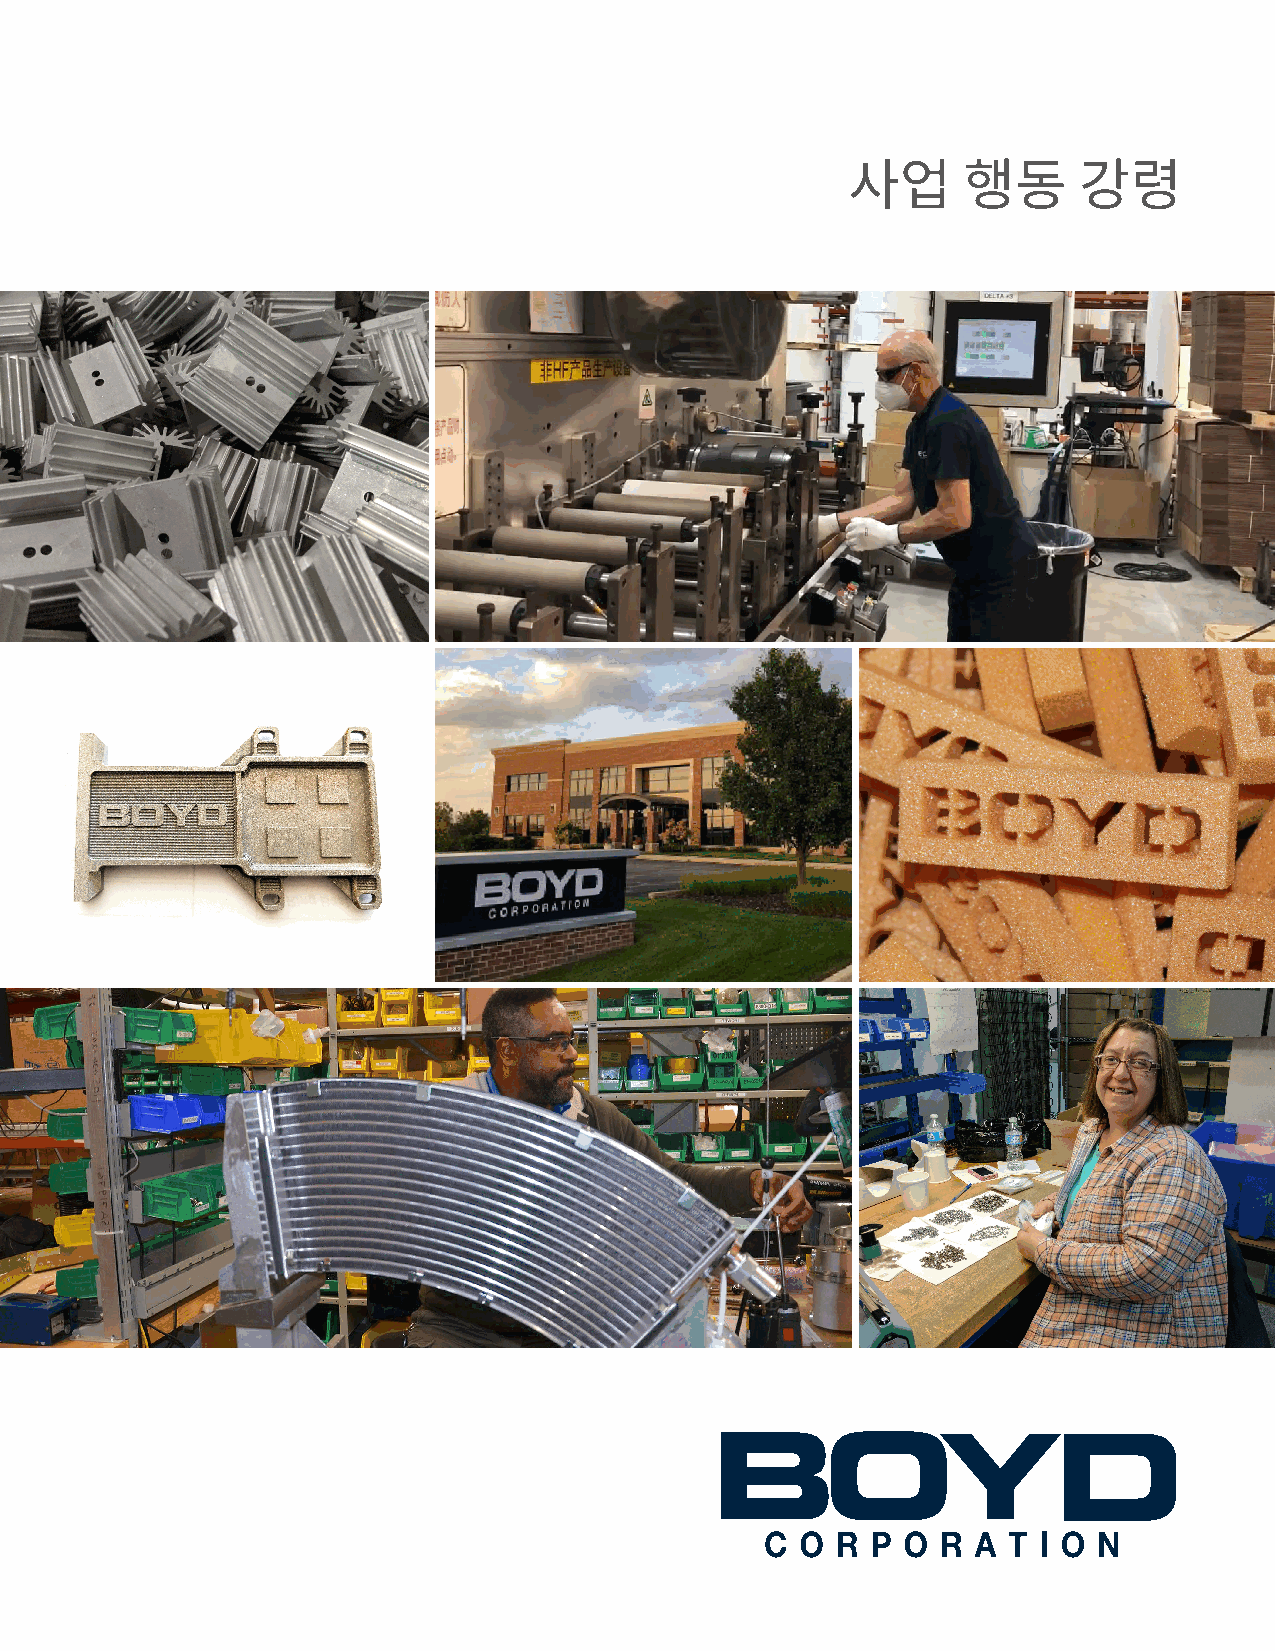
사업      행동     강령
 e
 g this time. We are all being called on
 ort healthcare providers.
 detect pneumonia or for early fever detection.
 Another indirect way that Boyd contributes to helping
 global societies through this time is by providing tech-
 nology that enables communication. All the solutions
 we provide to enterprise electronics applications like
 data centers, internet distribution, and network con-
 nectivity equipment help power connectivity during
 social distancing. These applications have become mor
 critical with many people working from home.
 Boyd’s global teams are providing solutions today that
 have a direct impact on the health and safety of our
 global communities. We continue to look for new and
 different ways to help.
 Each of us from manufacturing to engineering to ad-
 ministration and sales is contributing to Boyd’s ability
 to support critical healthcare needs during this time.
 We are all playing our part to help.
 n
 p
 ri
 p
 u
 u
 d
 s
 Companies have a unique role to play
 to quickly adapt and help
 Our Modesto facility produces specialized PCR tapes that
 use a proprietary 3M adhesive covering. These PCR lami-
 nates cover lab samples in genetic sequencing incubators.
 Our customer for this product is one of two main laboratory
 equipment providers working with the US government to
 create reliable Covid-19 testing in the US. PCR plate sealing
 offers high-temperature stability, biocompatibility and low
 permeability to protect samples during cycling and cold
 storage.
 We need to continue to serve our
 customers who are developing the
 applications needed to keep the
 world healthy and running.
 In Pennsylvania, our team has many years of experience de-
 veloping solutions that help minimize healthcare-acquired
 infections. They also integrate heat pipes, vapor chambers
 and liquid cold plates used to cool DNA analysis applica-
 tions that require sets of DNA/RNA samples to be amplified
 to ensure accurate results. This is accomplished through
 thermal cycling, where the samples are rapidly heated
 to 95° C, then rapidly cooled down. Our solutions enable
 faster response times, more accurate results, and longer
 service life.
 Boyd’s engineering design centers are evaluating projects
 like cooling sensors used in portable ultrasound devices to
 3 Inside Boyd Q1 2020